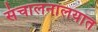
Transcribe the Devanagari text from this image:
संचालनालयात